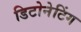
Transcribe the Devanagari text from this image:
डिटोनेटिंग